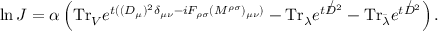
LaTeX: \ln J = \alpha \left( \mathrm { T r } _ { V } e ^ { t ( ( D _ { \mu } ) ^ { 2 } \delta _ { \mu \nu } - i F _ { \rho \sigma } ( M ^ { \rho \sigma } ) _ { \mu \nu } ) } - \mathrm { T r } _ { \lambda } e ^ { t { \not D } ^ { 2 } } - \mathrm { T r } _ { \bar { \lambda } } e ^ { t { \not D } ^ { 2 } } \right) .